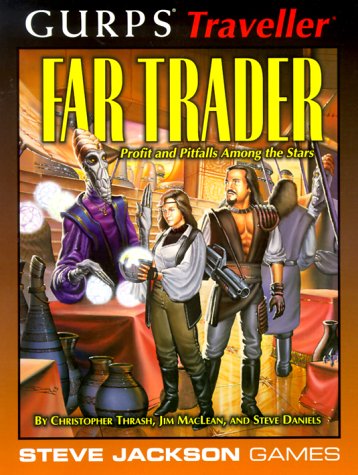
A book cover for GURPS Traveller: Far Trader; Christopher Thrash; Science Fiction & Fantasy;